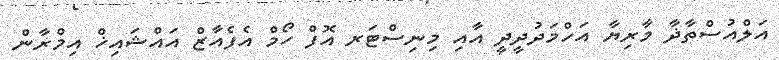
އަލްއުސްތާޛާ މާރިޔާ އަހްމަދުދީދީ އާއި މިނިސްޓަރ އޮފް ހޯމް އެފެއާޒް އައްޝައިޚް އިމްރާން